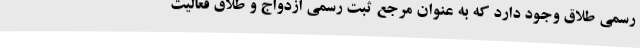
رسمی طلاق وجود دارد که به عنوان مرجع ثبت رسمی ازدواج و طلاق فعالیت